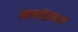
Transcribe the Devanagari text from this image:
मस्त्येंद्रनाथ